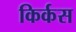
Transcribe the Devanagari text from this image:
किर्कस